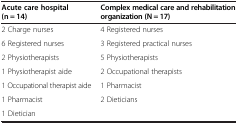
| Acute care hospital (n = 14) | Complex medical care and rehabilitation organization (N = 17) |
 | --- | --- |
 | 2 Charge nurses | 4 Registered nurses |
 | 6 Registered nurses | 3 Registered practical nurses |
 | 2 Physiotherapists | 5 Physiotherapists |
 | 1 Physiotherapist aide | 2 Occupational therapists |
 | 1 Occupational therapist aide | 1 Pharmacist |
 | 1 Pharmacist | 2 Dieticians |
 | 1 Dietician |  |